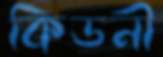
কিডনী